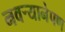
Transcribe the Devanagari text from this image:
नवर्‍यानेपण